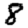
Digit: 8